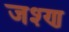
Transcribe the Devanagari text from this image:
जश्ण